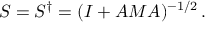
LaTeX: { \cal S } = { \cal S } ^ { \dagger } = ( I + { \cal A } M { \cal A } ) ^ { - 1 / 2 } \, .